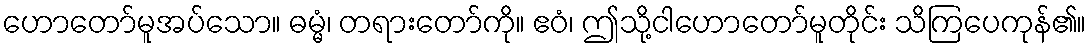
ဟောတော်မူအပ်သော။ ဓမ္မံ၊ တရားတော်ကို။ ဧဝံ၊ ဤသို့ငါဟောတော်မူတိုင်း သိကြပေကုန်၏။